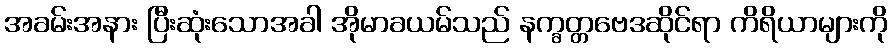
အခမ်းအနား ပြီးဆုံးသောအခါ အိုမာခယမ်သည် နက္ခတ္တဗေဒဆိုင်ရာ ကိရိယာများကို